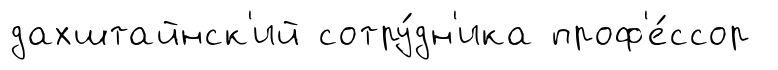
дахштайнск'ий сотру́дн'ика проф'е́ссор